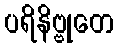
ပရိနိဗ္ဗုတေ